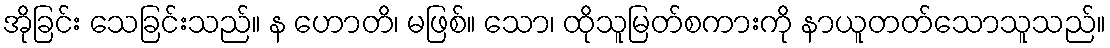
အိုခြင်း သေခြင်းသည်။ န ဟောတိ၊ မဖြစ်။ သော၊ ထိုသူမြတ်စကားကို နာယူတတ်သောသူသည်။